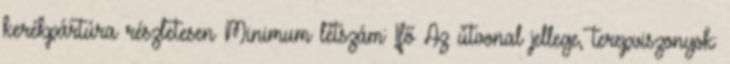
kerékpártúra részletesen Minimum létszám: 1fő Az útvonal jellege, terepviszonyok: